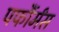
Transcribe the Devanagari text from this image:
पर्फौर्मंस